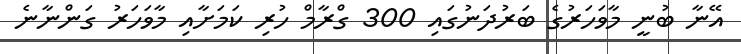
އޭނާ ބުނީ މާވަހަރުގެ ބަރުދަނުގައި 300 ގްރާމް ހުރި ކަމަށާއި މާވަހަރު ގަންނާނެ